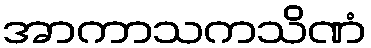
အာကာသကသိဏံ